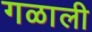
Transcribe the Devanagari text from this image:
गळाली